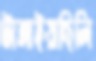
টাঙ্গাইয়াছিলি